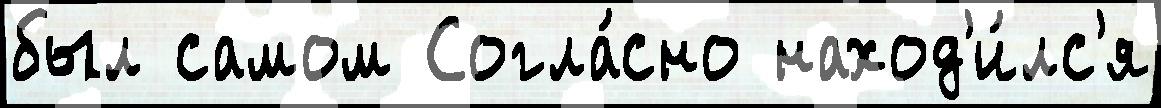
был самом Согла́сно наход'и́лс'я